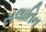
સલાતિન